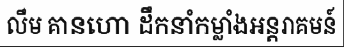
លឹម គានហោ ដឹកនាំកម្លាំងអន្តរាគមន៍